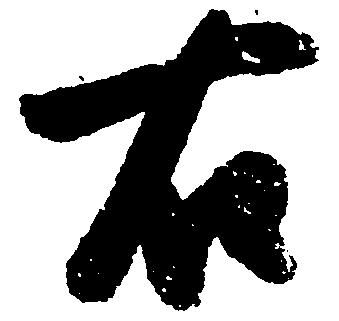
右